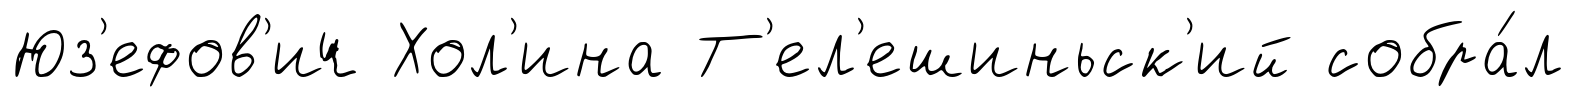
Юз'ефов'ич Хол'ина Т'ел'ешиньск'ий собра́л